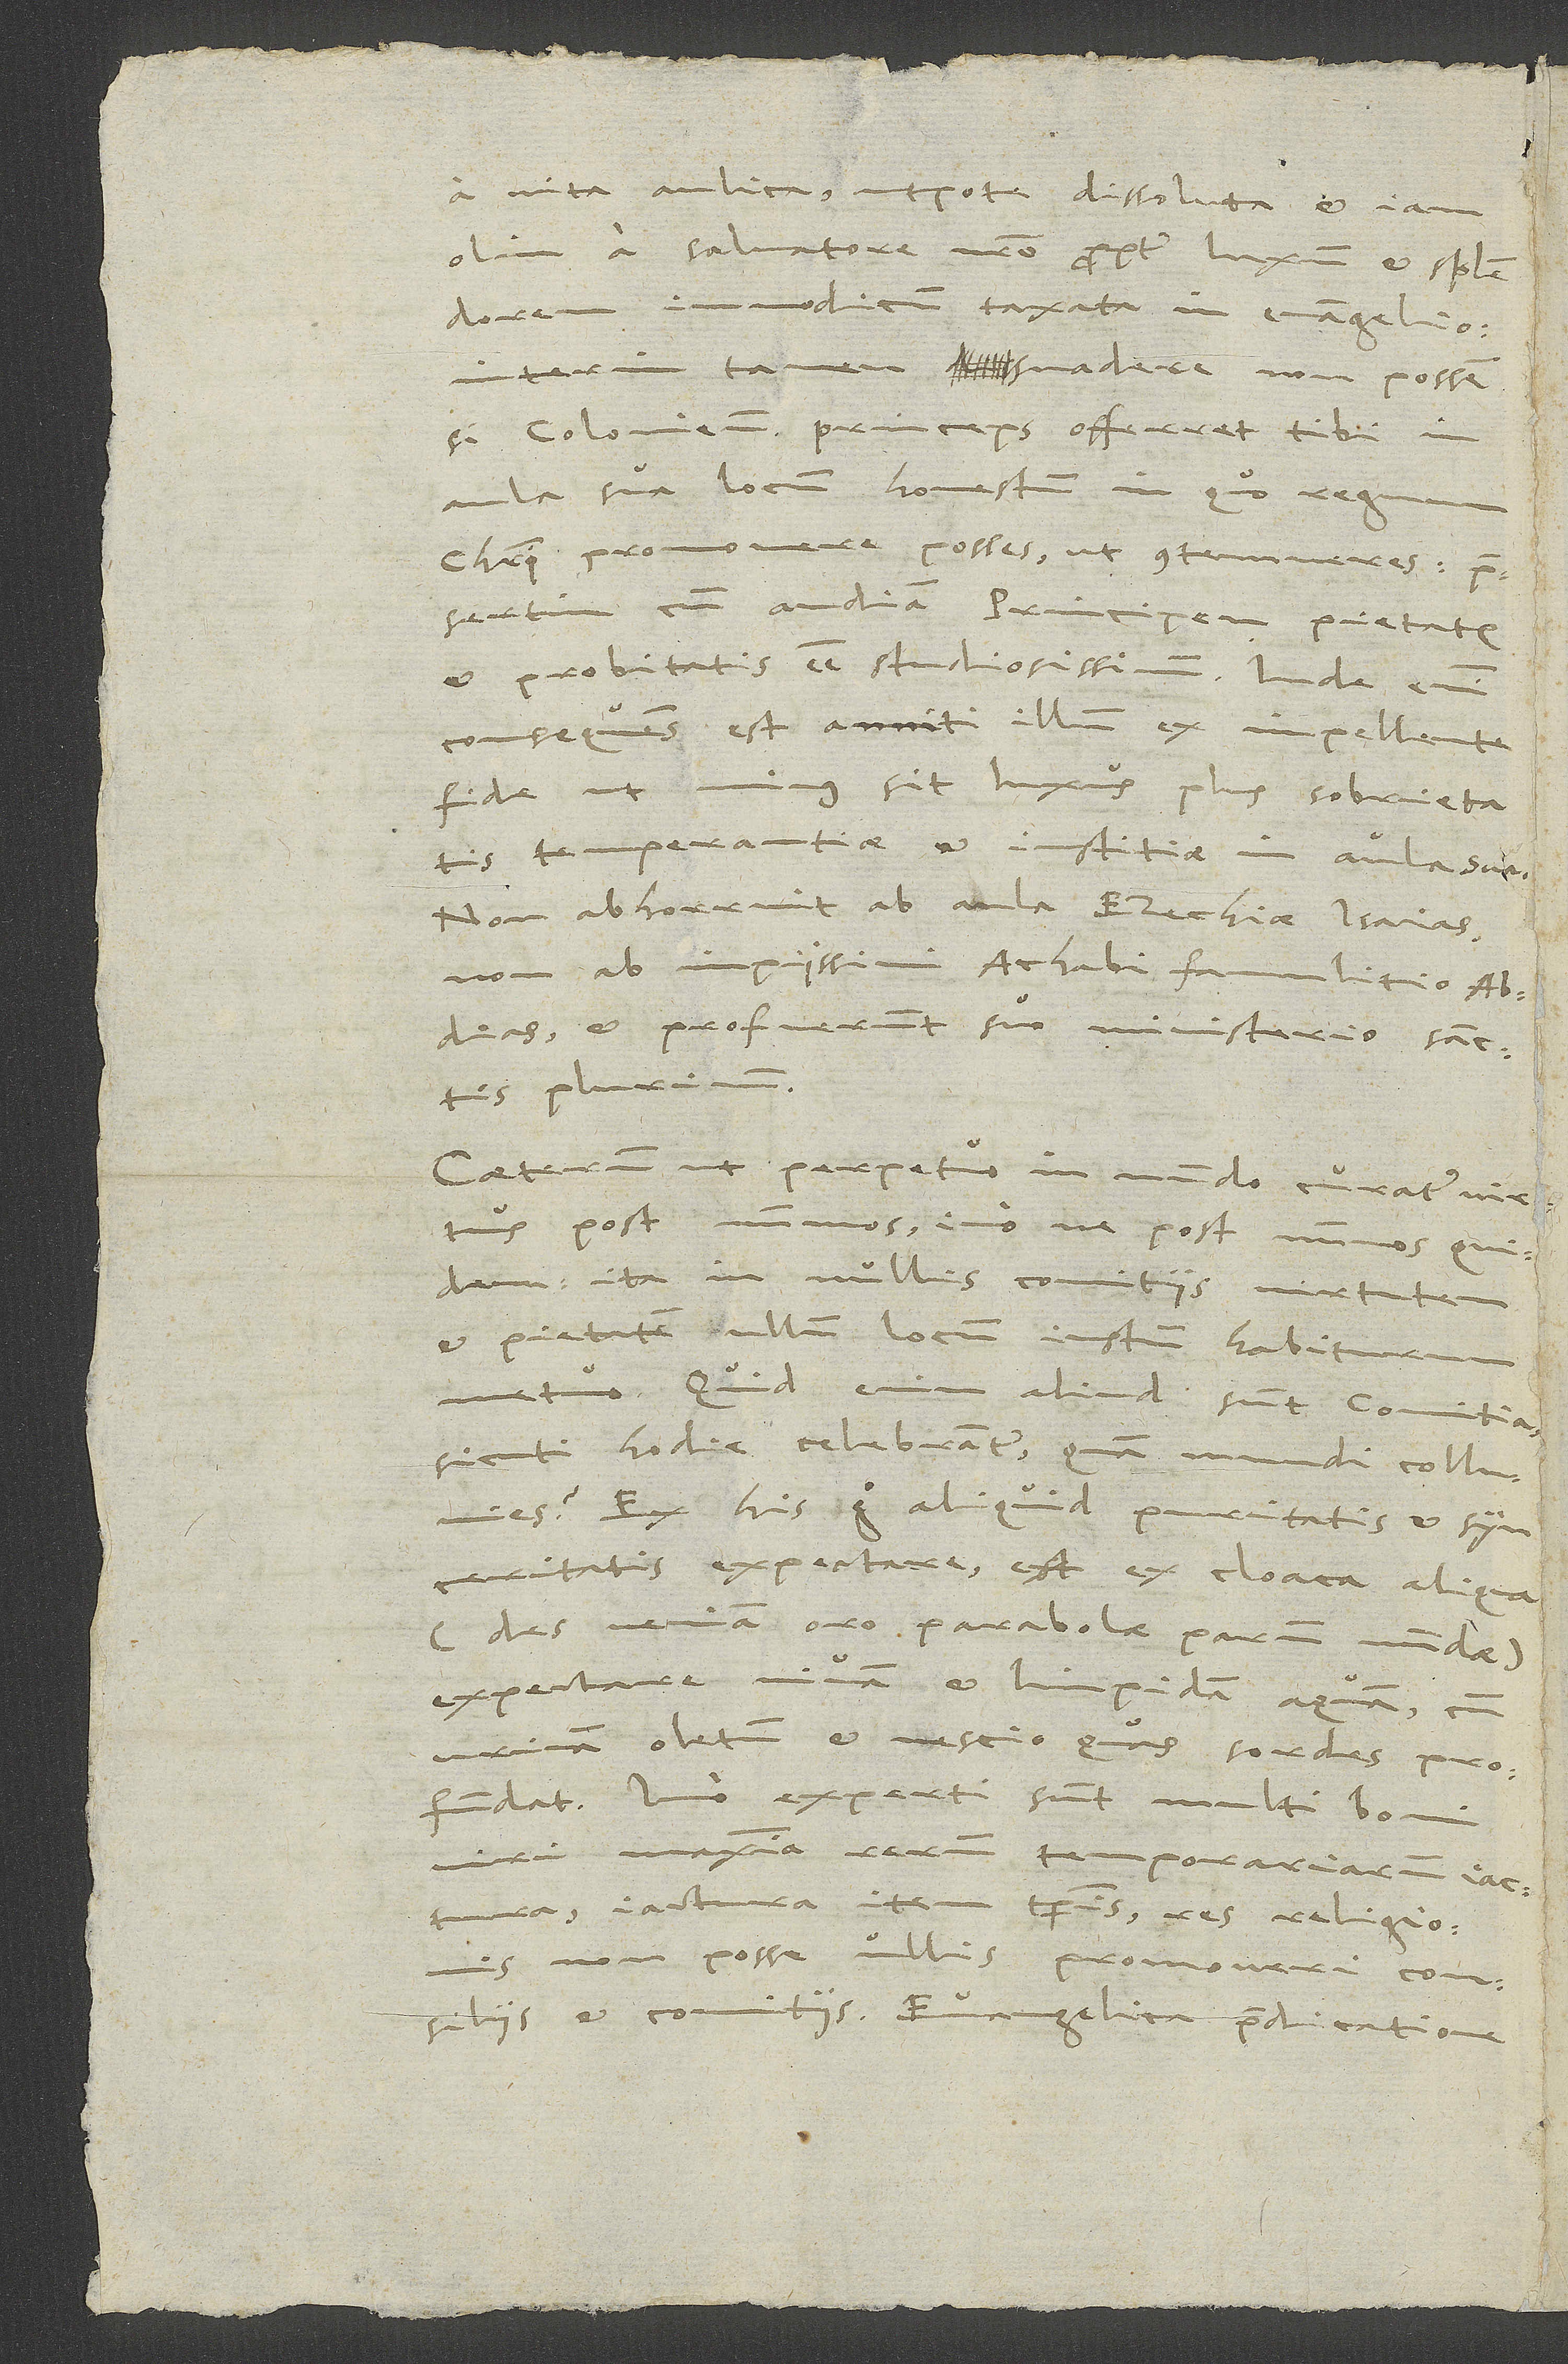
a vita aulica, utpote dissoluta et iam
olim a salvatore nostro propter luxum et splendorem
immodicum taxata in evangelio.
Interim tamen suadere non possem,
si Coloniensis princeps offerret tibi in
aula sua locum honestum, in quo regnum
Christi promovere posses, ut contemneres, praesertim
cum audiam principem pietatis
et probitatis esse studiosissimum. Inde enim
consequutus est anniti illum ex inpellente
fide, ut minus sit luxus, plus sobrietatis,
temperantiae et iustitiae in aula sua.
Non abhorruit ab aula Ezechiae Isaias,
non ab impiissimi Achabi famulitio Abdias,
et profuerunt suo ministerio sanctis
plurimum.
Caeterum ut perpetuo in mundo curatur virtus
post nummos, imo ne post nummos quidem,
ita in nullis comitiis virtutem
et pietatem ullum locum iustum habiturum
metuo. Quid enim aliud sunt comitia,
sicuti hodie celebrantur, quam mundi colluvies?
Ex his ergo aliquid puritatis et synceritatis
expectare, est ex cloaca aliqua
(des veniam, oro, parabolae parum mundae)
expectare vivam et limpidam aquam, cum
urinam, oletum et nescio quas sordes profundat.
Imo experti sunt multi boni
viri maxima rerum temporariarum iactura,
iactura item temporis, res religionis
non posse ullis promoveri consiliis
et comitiis. Evangelica praedicatione